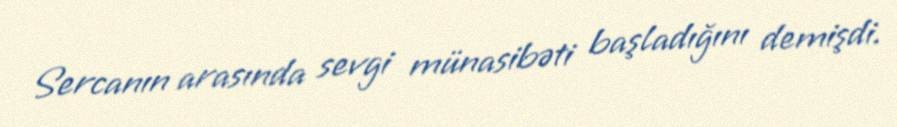
Sercanın arasında sevgi münasibəti başladığını demişdi.